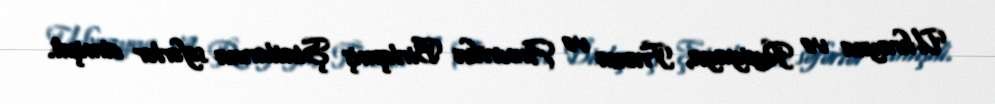
Ukrayna və Rusiyaya, Fransa və Amerika Birləşmiş Ştatlarına səfərlər etmişdi.